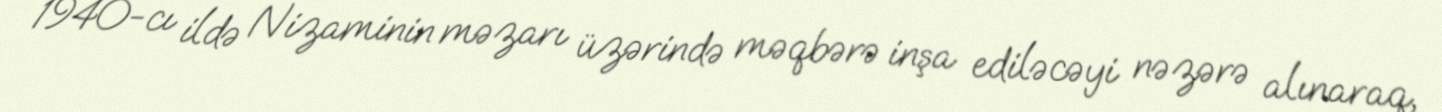
1940-cı ildə Nizaminin məzarı üzərində məqbərə inşa ediləcəyi nəzərə alınaraq,